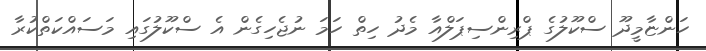
ހަންޏާމީދޫ ސްކޫލުގެ ޕްރިންސިޕަލްއާ މެދު ހިތް ހަމަ ނުޖެހިގެން އެ ސްކޫލުގައި މަސައްކަތްކުރާ